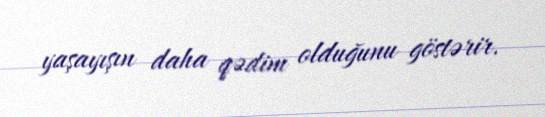
yaşayışın daha qədim olduğunu göstərir.